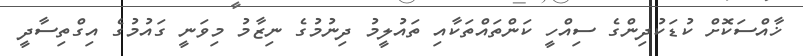
ޚާއްސަކޮށް ކުޑަކުދިންގެ ސިއްހީ ކަންތައްތަކާއި ތައުލީމު ދިނުމުގެ ނިޒާމު މިވަނީ ގައުމުގެ އިގްތިސާދީ